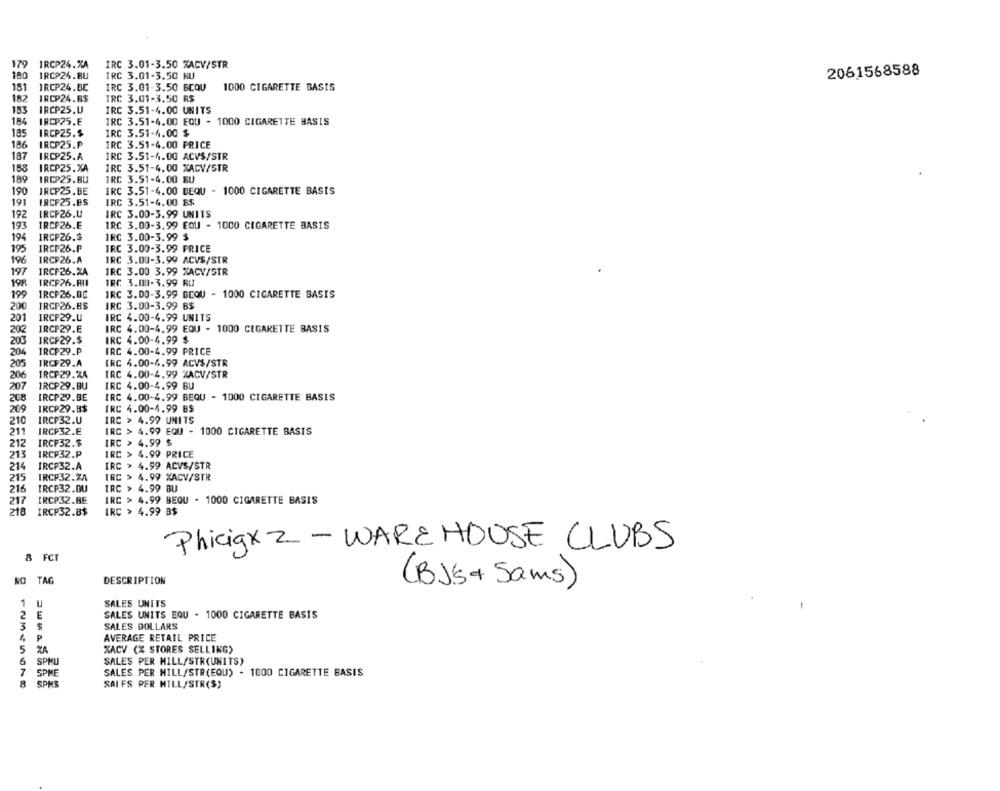
179
IRCP24.%A
IRC 3.01-3.50 %ACV/STR
2061568588
180
IRCP24.BU
IRC 3.01-3.50 KU
151
IRCP24.BE
IRC 3.01-3.50 BCQU
1000 CIGARETTE BASIS
182
IRCP24.B$
TRC 3.01-3.50 R$
153
IRCP25.U
IRC 3.51-4.00 UNITS
184
IRCP25.E
IRC 3.51-4.00 EQU - 1000 CIGARETTE BASIS
185
IRCP25.$
IRC 3.51-6.00 $
186
IRCP25.P
IRC 3.51-4.00 PRICE
187
IRCP25.A
IRC 3.51-4.00 ACVS/STR
158
IRCP25.XA
IRC 3.51-4.00 XACV/STR
189
IRCP25.BU
IRC 3.51-4.00 EU
190
IRCP25.BE
IRC 3.51-4.00 DEQU - 1000 CIGARETTE BASIS
191
IRCP25.BS
IRC 3.51-4.00 E$
192
IRCP26.U
IRC 3.00-3.99 UNITS
193
IRCP26.E
IRC 3.00-3.99 EQU - 1000 CIGARETTE BASIS
194
IRCPZ6.3
IRC 3.00-3.99 $
19
IRCP26.P
IRC 3.00-3.99 PRICE
196
IRCP26.A
IRC 3.00-3.99 ACVS/STR
IRCP26.XA
197
IRC 3.00 3.99 %ACV/STR
198
IRCP26.RUI
IRC 3.00-3.99 RLI
199
IRCP26.86
IRC 3.00-3.99 BEQU - 1000 CIGARETTE BASIS
200
IRCP26.8$
IRC 3.00-3.99 B$
IRCP29.U
IRC 4.00-4.99 UNITS
201
202
IRCP29.E
IRC 4.00-4.99 EQU - 1000 CIGARETTE BASIS
200
IRCP29.$
IRC 4.00-4.99 $
204
IRCP29.P
IRC 4.00-4.99 PRICE
205
IRCP29.A
IRC 4.00-4.99 ACV$/STR
206
IRCP29.24
IRC 4.00-4.99 ZACV/STR
207
1RCP29.BU
IRC 4.00-4.99 BU
IRC 4.00-4.99 BEQU - 1000 CIGARETTE BASIS
208
IRCP29.BE
209
IRCP29.B$
IRC 4.00-4.99 B$
210
IRCP32.U
IRC > 4.99 UNITS
211
IRCP32.E
IRC > 4.99 EQU - 1000 CIGARETTE BASIS
212
IRCP32.$
IRC > 4.99 $
213
IRCP32.P
IRC > 4.99 PRICE
214
IRCP32.A
IRC > 4.99 ACVS/STR
IRCP32.7A
IRC > 4.99 %ACV/STR
215
216
IRCP32.DU
IRC > 4.99 BU
217
IRCP32.BE
IRC > 4.99 BEQU . 1000 CIGARETTE BASIS
218
IRCP32.8$
IRC > 4.99 B$
Phicigx z - WAREHOUSE CLUBS
8 FCT
NO TAG
DESCRIPTION
(BJS + Sams)
SALES UNITS
1 U
2
E
SALES UNITS EQU - 1000 CIGARETTE BASIS
3
SALES DOLLARS
P
AVERAGE RETAIL PRICE
5
XACV (% STORES SELLING)
SPMU
SALES PER MILL/STR(UNITS)
7
SPME
SALES PER HILL/STR(EQU) - 1000 CIGARETTE BASIS
SPMS
SAI FS PER MILL/STR(S)